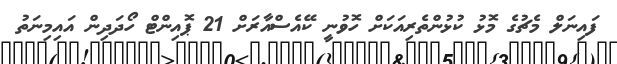
ފައިނަލް މެޗުގެ މޮޅު ކުޅުންތެރިއަކަށް ހޮވުނީ ކޭއެސްއާރަށް 21 ޕޮއިންޓް ހޯދަދިން އައިމިނަތު